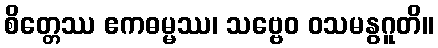
စိတ္တေဿ ဧကဓမ္မဿ၊ သဗ္ဗေဝ ဝသမနွဂူတိ။